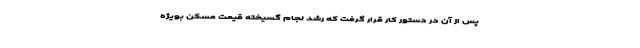
پس از آن در دستور کار قرار گرفت که رشد لجام گسیخته قیمت مسکن بویژه